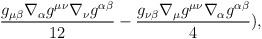
LaTeX: \begin{align*}\frac{g_{\mu\beta}\nabla_{\alpha}g^{\mu\nu}\nabla_{\nu}g^{\alpha\beta}}{12} -\frac{g_{\nu\beta}\nabla_{\mu}g^{\mu\nu}\nabla_{\alpha}g^{\alpha\beta}}{4}),\end{align*}